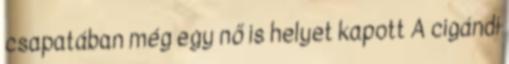
csapatában még egy nő is helyet kapott A cigándi